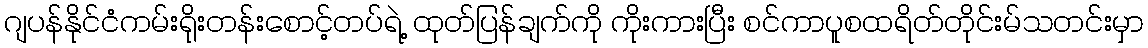
ဂျပန်နိုင်ငံကမ်းရိုးတန်းစောင့်တပ်ရဲ့ ထုတ်ပြန်ချက်ကို ကိုးကားပြီး စင်ကာပူစထရိတ်တိုင်းမ်သတင်းမှာ